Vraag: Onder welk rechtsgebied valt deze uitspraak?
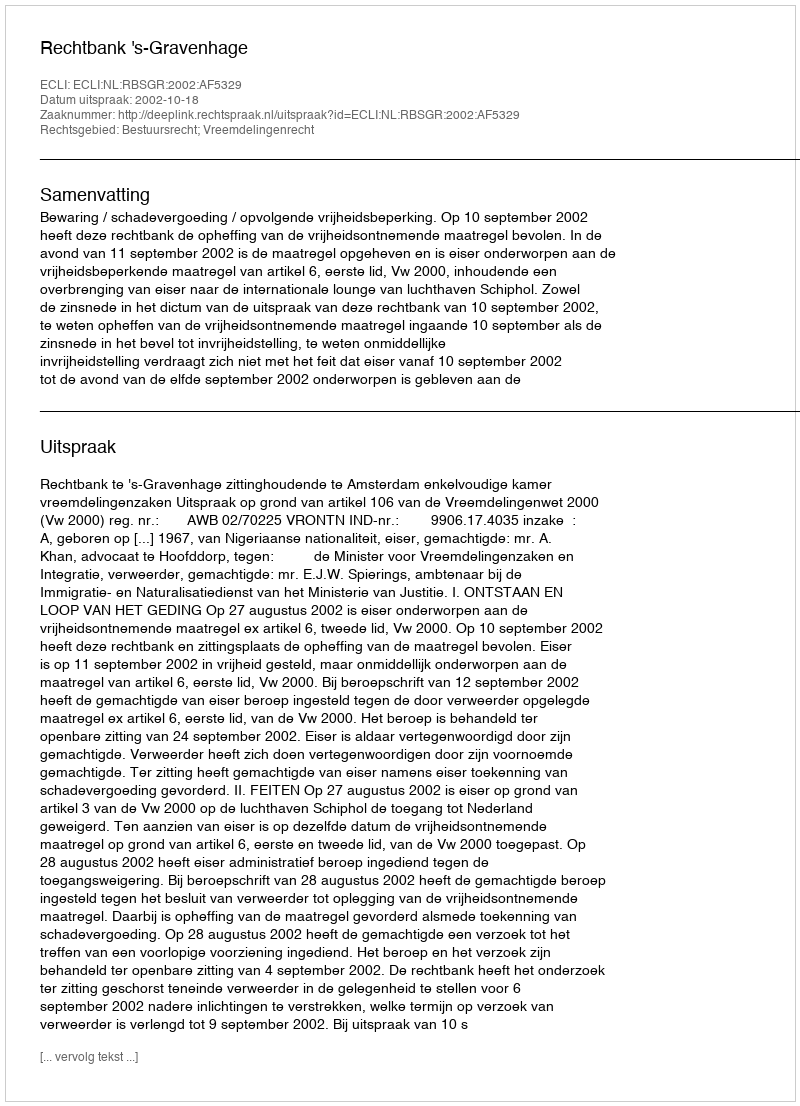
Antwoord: Bestuursrecht; Vreemdelingenrecht